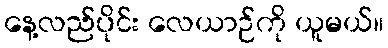
နေ့လည်ပိုင်း လေယာဉ်ကို ယူမယ်။